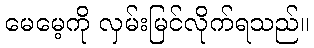
မေမေ့ကို လှမ်းမြင်လိုက်ရသည်။